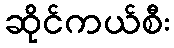
ဆိုင်ကယ်စီး